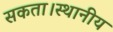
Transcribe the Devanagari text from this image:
सकता।स्थानीय